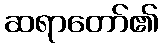
ဆရာတော်၏